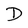
Character: D